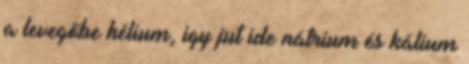
a levegőbe hélium, igy jut ide nátrium és kálium